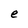
Character: e